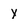
Character: Y